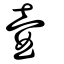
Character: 壷